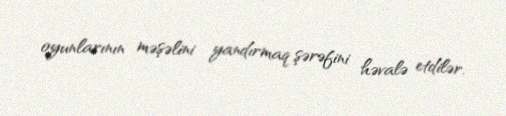
oyunlarının məşəlini yandırmaq şərəfini həvalə etdilər.